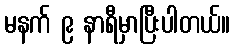
မနက် ၉ နာရီမှာပြီးပါတယ်။